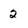
Character: 2